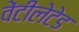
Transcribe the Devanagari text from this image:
वेंटीलेटेड